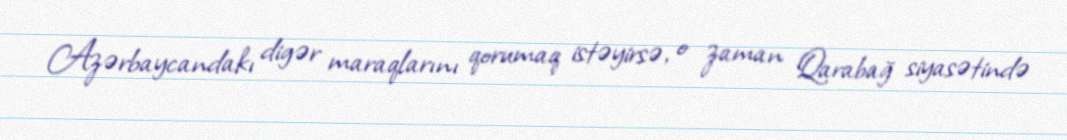
Azərbaycandakı digər maraqlarını qorumaq istəyirsə, o zaman Qarabağ siyasətində